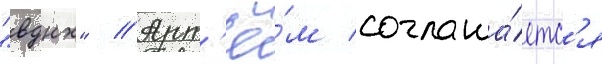
"вднх" // Арт'ё́м соглаша́етс'я